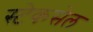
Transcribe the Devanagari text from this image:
स्टेकसेल